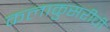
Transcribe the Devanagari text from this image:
कलाकुसरीची